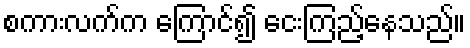
စကားလက်က ကြောင်၍ ငေးကြည့်နေသည်။